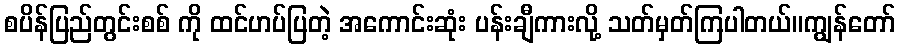
စပိန်ပြည်တွင်းစစ် ကို ထင်ဟပ်ပြတဲ့ အကောင်းဆုံး ပန်းချီကားလို့ သတ်မှတ်ကြပါတယ်။ကျွန်တော်